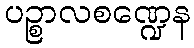
ပဉ္စာလစဏ္ဍေန